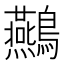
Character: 䴏